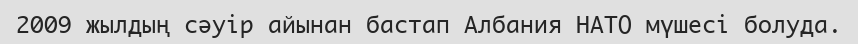
2009 жылдың сәуір айынан бастап Албания НАТО мүшесі болуда.